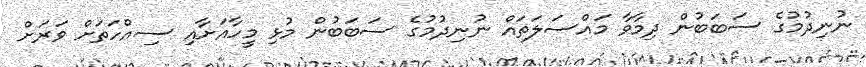
ނުނިދުމުގެ ސަބަބުން ދިމާވާ މައްސަލަތައް ނުނިދުމުގެ ސަބަބުން މުޅި މީހާއަށާއި ސިއްހަތަށް ވަރަށް